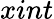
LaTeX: xint